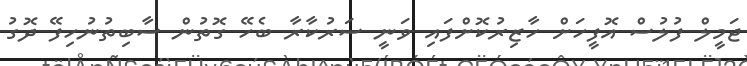
ޖަމީލް ފުލުސް އޮފީހަށް ހާޒިރުކޮށްފައި ވަނީ ސަރުކާރާ ބެހޭ ގޮތުން ސާބިތުނުހިފޭ ދޮގު